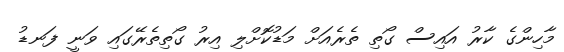
މާހިންގެ ކާރު އައިސް ގޯތި ތެރެއަށް މަޑުކޮށްލި އިރު ގޯތިތެރޭގައި ވަނީ ފަނޑު